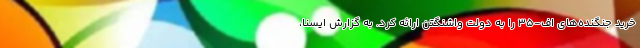
خرید جنگنده‌های اف-۳۵ را به دولت واشنگتن ارائه کرد. به گزارش ایسنا،